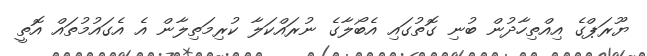
ޔޫރަޕްގެ އިއްތިހާދުން ބުނި ގޮތުގައި އެބޯލާގެ ނުރައްކަލާ ކުރިމަތިލާން އެ އެގައުމުތައް އޮތީ